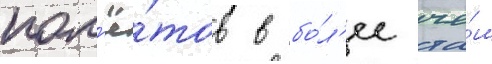
пол'ё́тов в бо́л'ее че́м